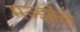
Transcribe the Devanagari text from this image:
मञ्झोले